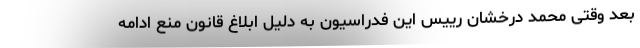
بعد وقتی محمد درخشان رییس این فدراسیون به دلیل ابلاغ قانون منع ادامه